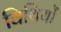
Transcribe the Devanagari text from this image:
विथियों